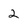
Character: 2